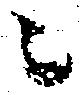
ニ